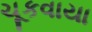
ચૂકવાયા